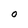
Character: O